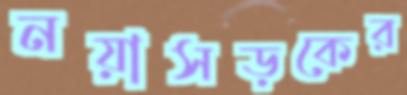
নয়াসড়কের